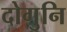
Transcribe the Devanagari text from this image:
दोगुनि